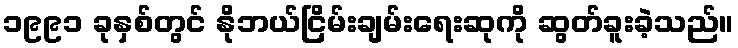
၁၉၉၁ ခုနှစ်တွင် နိုဘယ်ငြိမ်းချမ်းရေးဆုကို ဆွတ်ခူးခဲ့သည်။